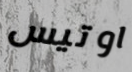
اوتيس